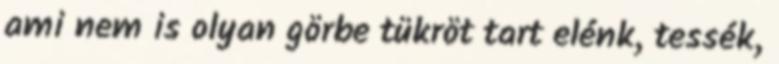
ami nem is olyan görbe tükröt tart elénk, tessék,